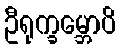
ဦရုက္ခမ္ဘောပိ